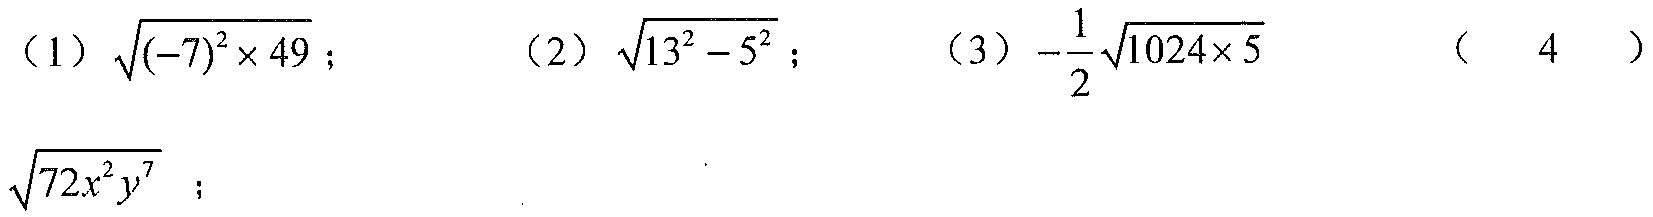
（1）\(\sqrt{(-7)^{2}\times49}\)； （2）\(\sqrt{13^{2}-5^{2}}\)； （3）\(-\frac{1}{2}\sqrt{1024\times5}\) （4）\(\sqrt{72x^{2}y^{7}}\)；